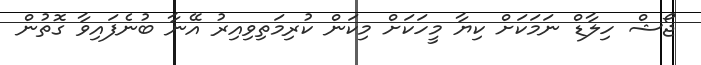
ޖޯޝް ހިލާޑް ނަމަކަށް ކިޔާ މީހަކަށް މިކަން ކުރިމަތިވިއިރު އޭނާ ބުނެފައިވާ ގޮތުން